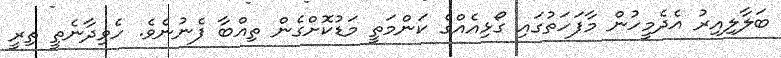
ބަލާލިއިރު އެދެމީހުން މާފަހަތުގައި ގޯޅިއެއްގެ ކަންމަތީ މަޑުކޮށްގެން ތިއްބާ ފެނުނެވެ. ހެވިދާނެތީ ތިރީ